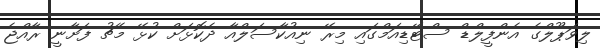
ލިވަޕޫލްގެ އެންފީލްޑް ސްޓޭޑިއަމްގައި މިރޭ ނިއުކާސަލްއާ ދެކޮޅަށް ކުޅޭ މެޗު ފަށާނީ ރާއްޖެ